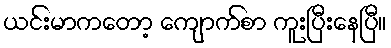
ယင်းမာကတော့ ကျောက်စာ ကူးပြီးနေပြီ။